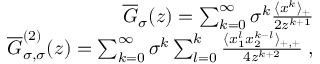
\begin{array} { r l r } & { } & { \overline { { G } } _ { \sigma } ( z ) = \sum _ { k = 0 } ^ { \infty } \sigma ^ { k } \frac { \langle x ^ { k } \rangle _ { + } } { 2 z ^ { k + 1 } } } \\ & { } & { \overline { { G } } _ { \sigma , \sigma } ^ { ( 2 ) } ( z ) = \sum _ { k = 0 } ^ { \infty } \sigma ^ { k } \sum _ { l = 0 } ^ { k } \frac { \langle x _ { 1 } ^ { l } x _ { 2 } ^ { k - l } \rangle _ { + , + } } { 4 z ^ { k + 2 } } \; , } \end{array}